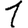
Digit: 1